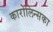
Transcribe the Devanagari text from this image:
कारोलिन्सका